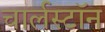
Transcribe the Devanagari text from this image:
चार्लस्टॉन